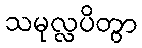
သမုလ္လပိတွာ